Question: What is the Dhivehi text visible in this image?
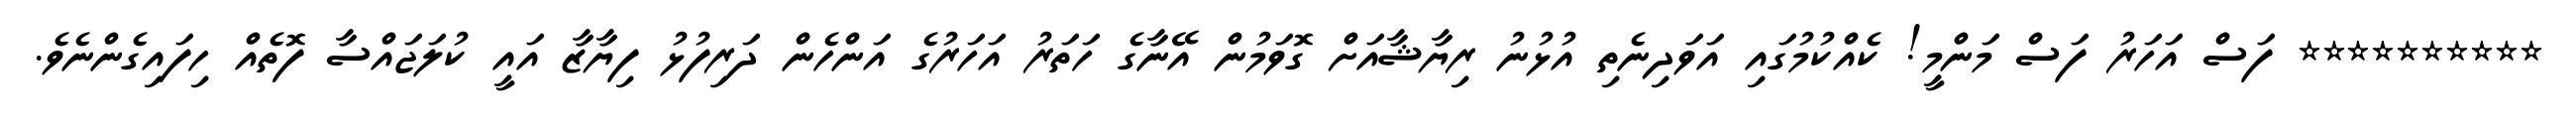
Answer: ********** ފަސް އަހަރު ފަސް މަންމީ! ކެއްކުމުގައި އަވަދިނެތި އުޅުނު ރިޔާޝާއަށް ގޮވަމުން އޭނާގެ ހަތަރު އަހަރުގެ އަންހެން ދަރިފުޅު ފިޔާޒާ އައީ ކުލަޖައްސާ ފޮތެއް ހިފައިގެންނެވެ.